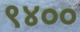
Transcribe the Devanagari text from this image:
९४००